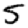
Digit: 5